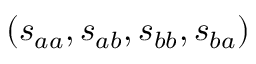
( s _ { a a } , s _ { a b } , s _ { b b } , s _ { b a } )